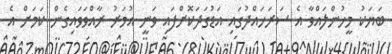
ބަޔަކު މީހުންލައްވާ އެ ސަރަހައްދުގައި އަޑުގަދަކޮށްފައި ވަނީ އުމަރު ރާއްވަވައިގެން ކަމަށް އެ